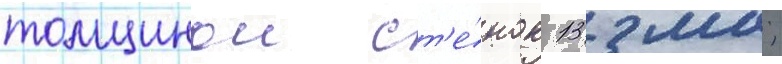
толщинои ст'е́нок 13 мм;